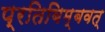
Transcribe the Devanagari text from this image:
प्रतिबिम्बवत्